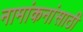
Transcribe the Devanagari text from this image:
नामांकनांसाठी